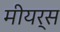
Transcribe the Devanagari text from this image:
मीयर्स